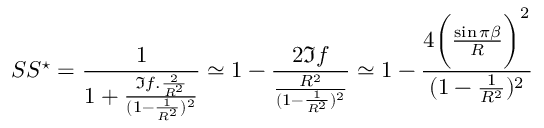
S S ^ { \star } = \frac { 1 } { 1 + \frac { \Im f . { \frac { 2 } { R ^ { 2 } } } } { ( 1 - \frac { 1 } { R ^ { 2 } } ) ^ { 2 } } } \simeq 1 - \frac { 2 \Im f } { \frac { R ^ { 2 } } { ( 1 - \frac { 1 } { R ^ { 2 } } ) ^ { 2 } } } \simeq 1 - \frac { 4 \bigg ( \frac { \sin \pi \beta } { R } \bigg ) ^ { 2 } } { ( 1 - \frac { 1 } { R ^ { 2 } } ) ^ { 2 } }